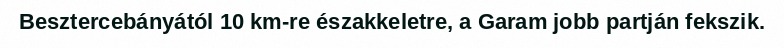
Besztercebányától 10 km-re északkeletre, a Garam jobb partján fekszik.